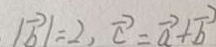
\vert \overrightarrow { b } \vert = 2 , \overrightarrow { c } = \overrightarrow { a } + \overrightarrow { b }